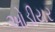
ઓડીયર